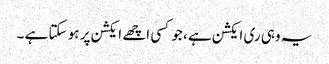
یہ وہی ری ایکشن ہے ، جو کسی اچھے ایکشن پر ہو سکتا ہے ۔